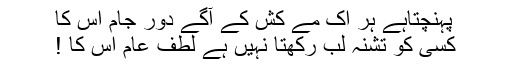
پہنچتاہے ہر اک مے کش کے آگے دور جام اس کا
کسی کو تشنہ لب رکھتا نہیں ہے لطف عام اس کا !